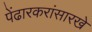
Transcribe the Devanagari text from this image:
पेंढारकरांसारखे